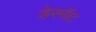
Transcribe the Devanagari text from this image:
डेरमॉट